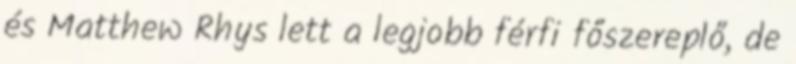
és Matthew Rhys lett a legjobb férfi főszereplő, de